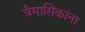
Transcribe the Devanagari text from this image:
त्रैमासिकांना